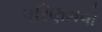
પરિણમવો